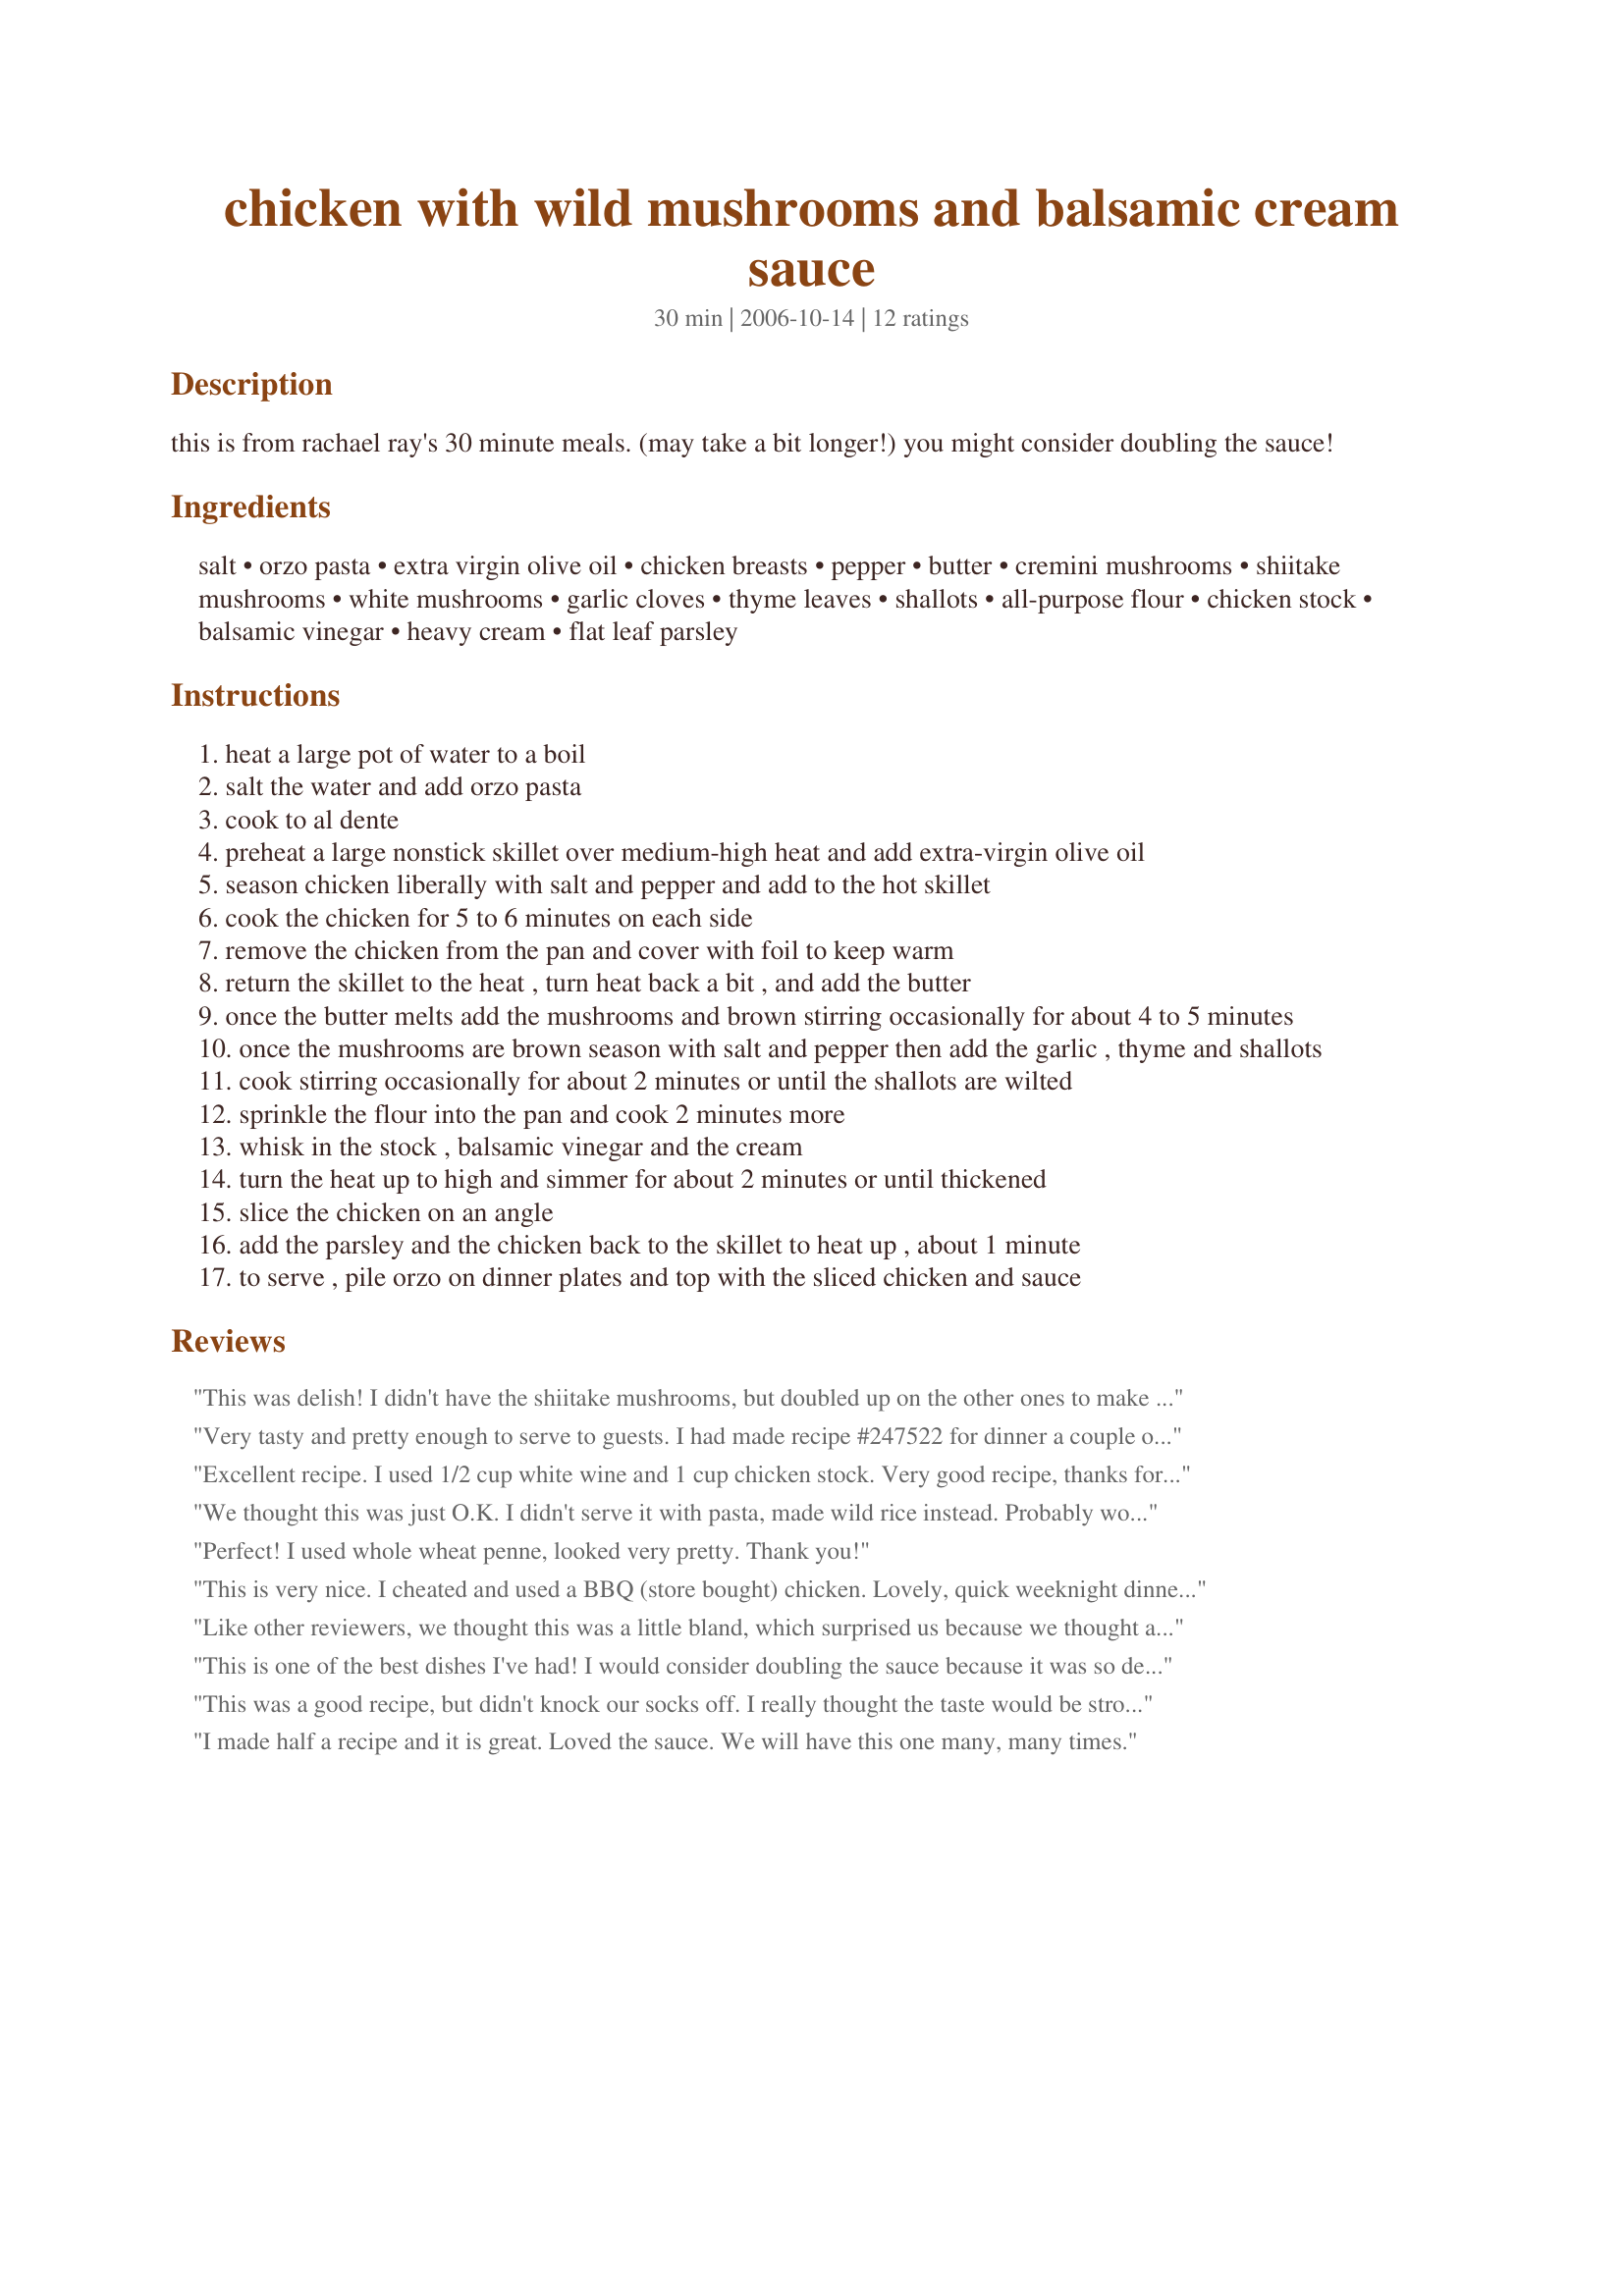
chicken with wild mushrooms and balsamic cream sauce
Preparation time: 30 minutes

this is from rachael ray's 30 minute meals. (may take a bit longer!) you might consider doubling the sauce!

Ingredients:
salt, orzo pasta, extra virgin olive oil, chicken breasts, pepper, butter, cremini mushrooms, shiitake mushrooms, white mushrooms, garlic cloves, thyme leaves, shallots, all-purpose flour, chicken stock, balsamic vinegar, heavy cream, flat leaf parsley

Steps:
heat a large pot of water to a boil
salt the water and add orzo pasta
cook to al dente
preheat a large nonstick skillet over medium-high heat and add extra-virgin olive oil
season chicken liberally with salt and pepper and add to the hot skillet
cook the chicken for 5 to 6 minutes on each side
remove the chicken from the pan and cover with foil to keep warm
return the skillet to the heat , turn heat back a bit , and add the butter
once the butter melts add the mushrooms and brown stirring occasionally for about 4 to 5 minutes
once the mushrooms are brown season with salt and pepper then add the garlic , thyme and shallots
cook stirring occasionally for about 2 minutes or until the shallots are wilted
sprinkle the flour into the pan and cook 2 minutes more
whisk in the stock , balsamic vinegar and the cream
turn the heat up to high and simmer for about 2 minutes or until thickened
slice the chicken on an angle
add the parsley and the chicken back to the skillet to heat up , about 1 minute
to serve , pile orzo on dinner plates and top with the sliced chicken and sauce

Reviews:
This was delish! I didn't have the shiitake mushrooms, but doubled up on the other ones to make up for it. The sauce is so good, I should've doubled it too. *Aus/NZ Recipe Swap Oct 07*
Very tasty and pretty enough to serve to guests. I had made recipe #247522 for dinner a couple of nights ago, so I used the leftover chicken for this recipe. I used cremini and white mushrooms.
I didn't have orzo so I used mini penne but other than that followed the recipe as stated. This is delicious!! Thanks cookiedog for a great recipe.
Excellent recipe. I used 1/2 cup white wine and 1 cup chicken stock. Very good recipe, thanks for sharing it.
We thought this was just O.K. I didn't serve it with pasta, made wild rice instead. Probably won't make again. Sorry......
Perfect! I used whole wheat penne, looked very pretty. Thank you!
This is very nice. I cheated and used a BBQ (store bought) chicken. Lovely, quick weeknight dinner. Thanks cookiedog, will definitely make again.
Like other reviewers, we thought this was a little bland, which surprised us because we thought all of the ingredients would have added up to a more flavorful sauce. We did not modify the recipe other than to serve it over shelled pasta as I realized I was out of orzo. I served with roasted spaghetti squash.
This is one of the best dishes I've had! I would consider doubling the sauce because it was so delicious!! This is a new fav for sure!
This was a good recipe, but didn't knock our socks off. I really thought the taste would be stronger, but it was actually very mild. I served over mashed potatoes. I could only get baby baby portabello mushrooms so I just used those.
I made half a recipe and it is great.
Loved the sauce. We will have this one many, many times.
Cookie, you've done it again. I used all oyster mushies and replaced the cream with fat free evaporated milk. Aside from that it was made right by the recipe. I'm sorry that I couldn't get pix for you but my camera batteries died (again). It's delicious and on the elegant side. This would be great for company. As Rachael would say: Yum-O.
This was good. I followed it pretty much. I use 1 t. dried thyme, 1/2 c. red wine, 3 T. balsamic, and 1/2 cup chicken broth. I let it reduce by about 1/2 then added the cream and thickened it. I served it w/ lemon rice pilaf #375257 . Very nice! Thanks for posting it!
